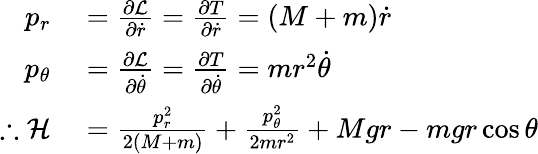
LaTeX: \begin{array}{rl}{p_{r}}&{{}={\frac{\partial{\mathcal{L}}}{\partial{\dot{r}}}}={\frac{\partial T}{\partial{\dot{r}}}}=(M+m){\dot{r}}}\\ {p_{\theta}}&{{}={\frac{\partial{\mathcal{L}}}{\partial{\dot{\theta}}}}={\frac{\partial T}{\partial{\dot{\theta}}}}=mr^{2}{\dot{\theta}}}\\ {\therefore{\mathcal{H}}}&{{}={\frac{p_{r}^{2}}{2(M+m)}}+{\frac{p_{\theta}^{2}}{2mr^{2}}}+Mgr-mgr\cos{\theta}}\end{array}